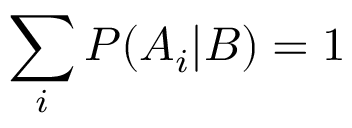
\sum _ { i } { P ( A _ { i } | B ) } = 1